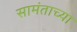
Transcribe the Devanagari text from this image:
सामंताच्या